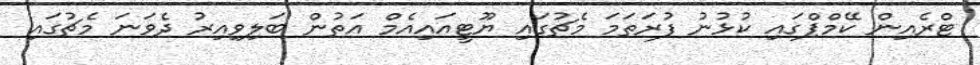
ޓްރެއިން ކޭމްޕްގައި ކުޅުނު ފުރަތަމަ މެޗުގައި ޔޫޓީއައިއެމް އަތުން ބަލިވިއިރު ދެވަނަ މެޗުގައި